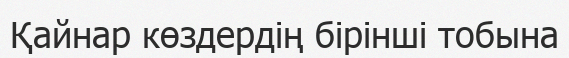
Қайнар көздердің бірінші тобына